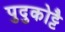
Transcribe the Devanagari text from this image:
पुदुकोट्टै